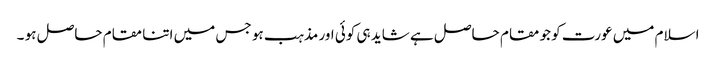
اسلام میں عورت کو جو مقام حاصل ہے شاید ہی کوئی اور مذہب ہو جس میں اتنا مقام حاصل ہو ۔